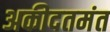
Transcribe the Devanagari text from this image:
अकीदतमंत